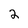
Character: 2